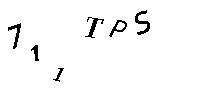
711TPS